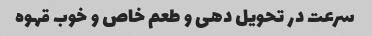
سرعت در تحویل دهی و طعم خاص و خوب قهوه